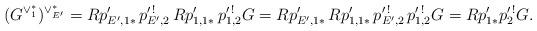
LaTeX: \begin{align*}(G^{\vee ^{*}_{1}}) ^{\vee ^{*}_{E'}} =R p^{\prime}_{E',1*}\, p ^{\prime\, !}_{E',2}\,Rp ^{\prime}_{1,1*} \,p ^{\prime\,!}_{1,2}G= R p^{\prime}_{E',1*}\, Rp ^{\prime}_{1,1*} \, p ^{\prime\, !}_{E',2}\,p ^{\prime\,!}_{1,2} G = Rp'_{1*}p^{\prime \,!}_{2} G.\end{align*}